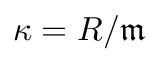
\kappa = R / { \mathfrak { m } }